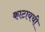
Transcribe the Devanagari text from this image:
काटायची